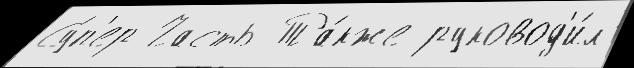
Су́п'ер Часть Та́кже руковод'и́л